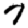
Digit: 7